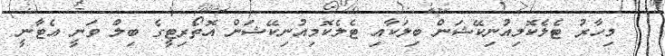
މިހާރު ޓެލެކޮމިއުނިކޭޝަން ބިލަކާއި ޓެލެކޮމިއުނިކޭޝަން އޮތޯރިޓީގެ ބިލް ވަނީ އެޓާނީ